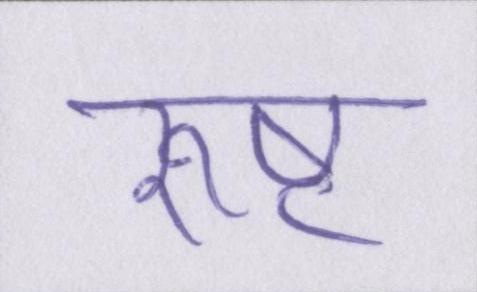
रुष्ट